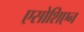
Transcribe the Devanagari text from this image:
एसोशिएन